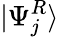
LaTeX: |\Psi_{j}^{R}\rangle